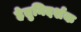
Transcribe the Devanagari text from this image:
हेतुनिदर्शक